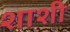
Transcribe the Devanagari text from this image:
शाशी